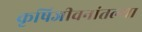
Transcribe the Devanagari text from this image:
कृषिजीवनांतल्या